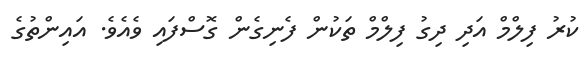
ކުރު ފިލްމް އަދި ދިގު ފިލްމް ތަކުން ފެނިގެން ގޮސްފައި ވެއެވެ. އައިންތުގެ